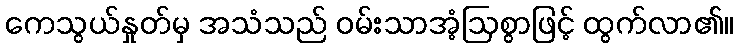
ကေသွယ်နှုတ်မှ အသံသည် ဝမ်းသာအံ့ဩစွာဖြင့် ထွက်လာ၏။